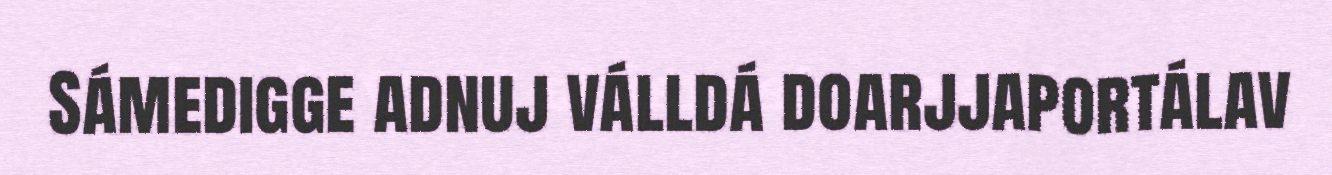
Sámedigge adnuj válldá doarjjaportálav